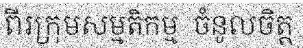
ពីរក្រុមសម្មតិកម្ម  ចំនូលចិត្ត